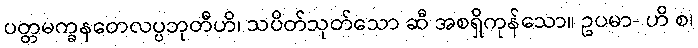
ပတ္တမက္ခနတေလပ္ပဘုတီဟိ၊ သပိတ်သုတ်သော ဆီ အစရှိကုန်သော။ ဥပမာ- ဟိ စ၊